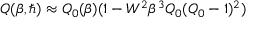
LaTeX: Q ( \beta , \hbar ) \approx Q _ { 0 } ( \beta ) ( 1 - W ^ { 2 } \beta ^ { 3 } Q _ { 0 } ( Q _ { 0 } - 1 ) ^ { 2 } )